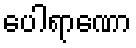
ပေါရာဏော